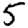
Digit: 5